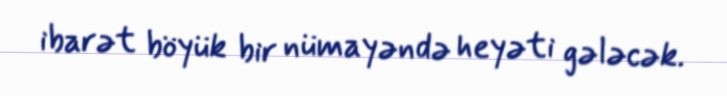
ibarət böyük bir nümayəndə heyəti gələcək.